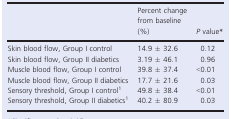
|  | Percent change from baseline (%) | P value* |
 | --- | --- | --- |
 | Skin blood flow, Group I control | 14.9 ± 32.6 | 0.12 |
 | Skin blood flow, Group II diabetics | 3.19 ± 46.1 | 0.96 |
 | Muscle blood flow, Group I control | 39.8 ± 37.4 | <0.01 |
 | Muscle blood flow, Group II diabetics | 17.7 ± 21.6 | 0.03 |
 | Sensory threshold, Group I control* | 49.8 ± 38.4 | <0.01 |
 | Sensory threshold, Group II diabetics* | 40.2 ± 80.9 | 0.03 |